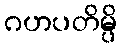
ဂဟပတိမ္ပိ